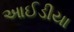
આઈડીયા